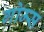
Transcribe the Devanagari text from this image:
गोम्‍स